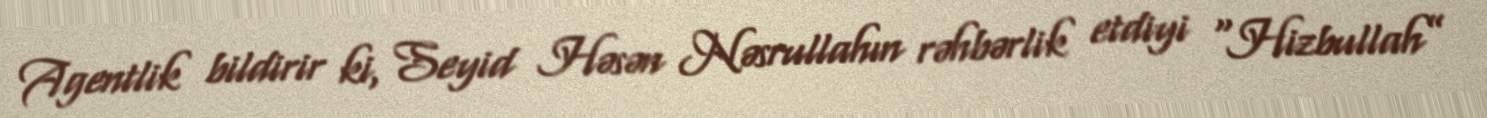
Agentlik bildirir ki, Seyid Həsən Nəsrullahın rəhbərlik etdiyi “Hizbullah”